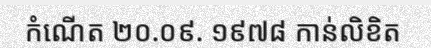
កំណើត ២០.០៩. ១៩៧៨ កាន់លិខិត